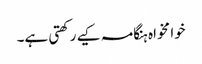
خوا مخواہ ہنگامہ کیے رکھتی ہے۔